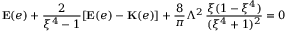
\mathbf { E } ( e ) + \frac { 2 } { \xi ^ { 4 } - 1 } [ \mathbf { E } ( e ) - \mathbf { K } ( e ) ] + \frac { 8 } { \pi } \Lambda ^ { 2 } \, \frac { \xi ( 1 - \xi ^ { 4 } ) } { ( \xi ^ { 4 } + 1 ) ^ { 2 } } = 0